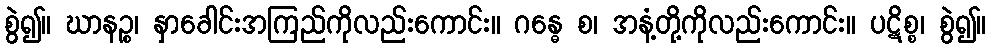
စွဲ၍။ ဃာနဉ္စ၊ နှာခေါင်းအကြည်ကိုလည်းကောင်း။ ဂန္ဓေ စ၊ အနံ့တို့ကိုလည်းကောင်း။ ပဋိစ္စ၊ စွဲ၍။